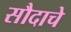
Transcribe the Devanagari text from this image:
सौदाचे